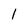
Character: 1